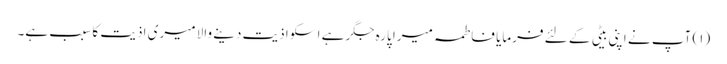
(۱) آپ نے اپنی بیٹی کے لئے فرمایا فاطمہ میرا پارہ جگر ہے اسکو اذیت دینے والا میری اذیت کا سبب ہے۔